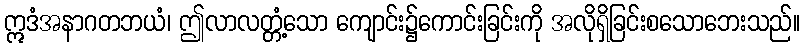
ဣဒံအနာဂတဘယံ၊ ဤလာလတ္တံ့သော ကျောင်း၌ကောင်းခြင်းကို အလိုရှိခြင်းစသောဘေးသည်။